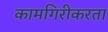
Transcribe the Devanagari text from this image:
कामगिरीकरता